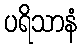
ပရိသာနံ